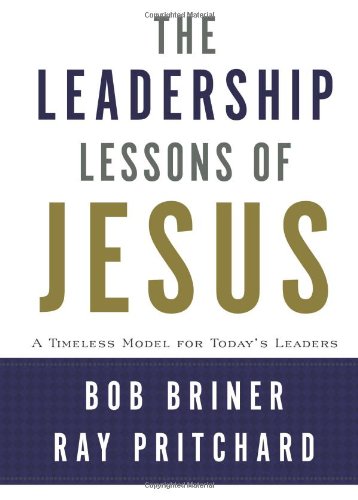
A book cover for Leadership Lessons of Jesus: A Timeless Model for Today's Leaders; Bob Briner; Christian Books & Bibles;